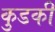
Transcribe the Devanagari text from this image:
कुडकी